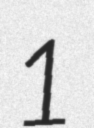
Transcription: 1